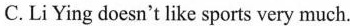
C.Li Ying doesn't like sports very much.